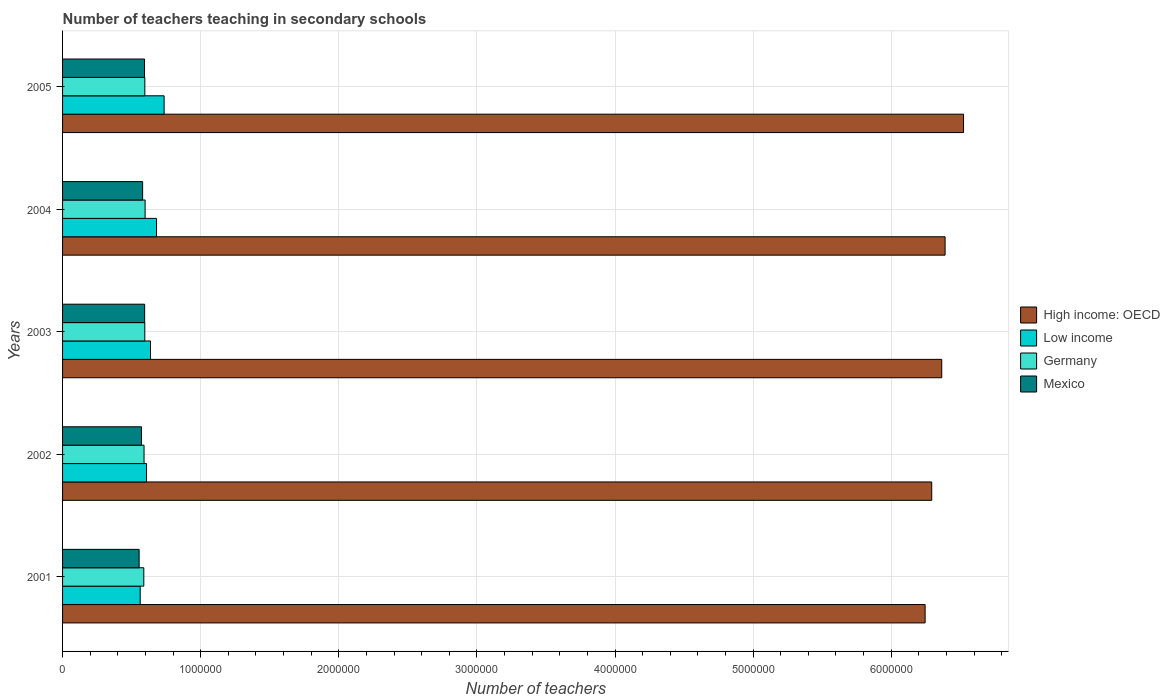
| Years | High income: OECD | Low income | Germany | Mexico |
 | --- | --- | --- | --- | --- |
 | 2001 | 6.25e+06 | 5.62e+05 | 5.88e+05 | 5.54e+05 |
 | 2002 | 6.29e+06 | 6.08e+05 | 5.9e+05 | 5.71e+05 |
 | 2003 | 6.37e+06 | 6.37e+05 | 5.95e+05 | 5.94e+05 |
 | 2004 | 6.39e+06 | 6.8e+05 | 5.98e+05 | 5.8e+05 |
 | 2005 | 6.52e+06 | 7.35e+05 | 5.96e+05 | 5.93e+05 |